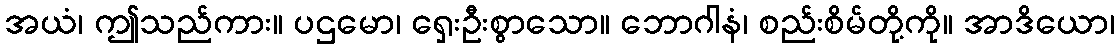
အယံ၊ ဤသည်ကား။ ပဌမော၊ ရှေးဦးစွာသော။ ဘောဂါနံ၊ စည်းစိမ်တို့ကို။ အာဒိယော၊